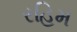
રહિમ